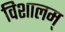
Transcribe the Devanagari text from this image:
विशालम्